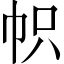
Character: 帜